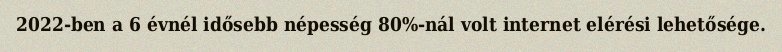
2022-ben a 6 évnél idősebb népesség 80%-nál volt internet elérési lehetősége.